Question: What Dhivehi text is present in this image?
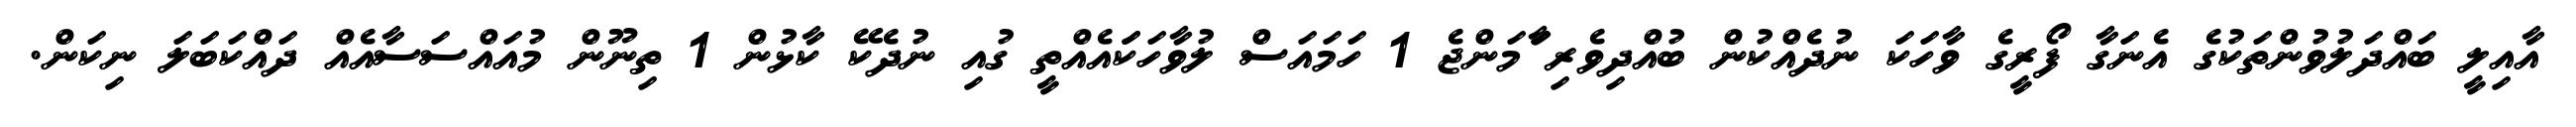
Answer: އާއިލީ ބައްދަލުވުންތަކުގެ އެނަގާ ފޯރީގެ ވާހަކަ ނުދެއްކުން ބުއްދިވެރި ާަަމަންޖެ 1 ހަމައަސް ލުވާހަކަައެއްތީ ގުއި ނުދެކޭ ކާޅުން 1 ތިނޫން މުއައްސަސާއެއް ދައްކަބަލަ ނިކަން.